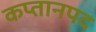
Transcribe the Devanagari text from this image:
कप्तानपद